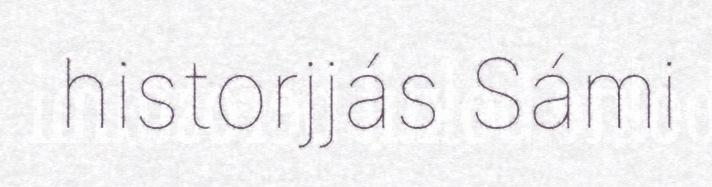
historjjás Sámi